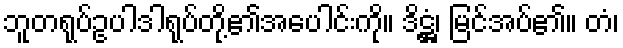
ဘူတရုပ်ဥပါဒါရုပ်တို့၏အပေါင်းကို။ ဒိဋ္ဌံ၊ မြင်အပ်၏။ တံ၊